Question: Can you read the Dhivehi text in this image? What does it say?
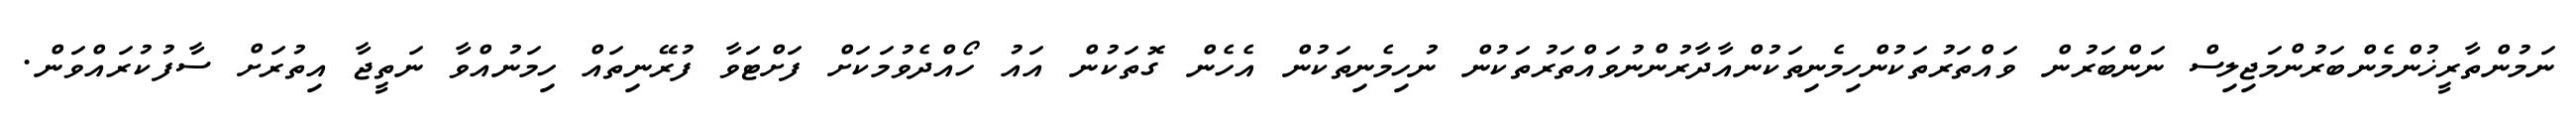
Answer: ނަމުންތާރީޚުންމެންބަރުންމަޖިލިސް ނަންބަރުން ވައްތަރުތަކުންހިމެނިތަކުންއާދާރުންނުވައްތަރުތަކުން ނުހިމެނިތަކުން އެހެން ގޮތަކުން އައު ހޯއްދެވުމަކަށް ފަށްޓަވާ ފުރޭނިތައް ހިމަނުއްވާ ނަތީޖާ އިތުރަށް ސާފުކުރައްވަން.